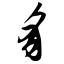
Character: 豸